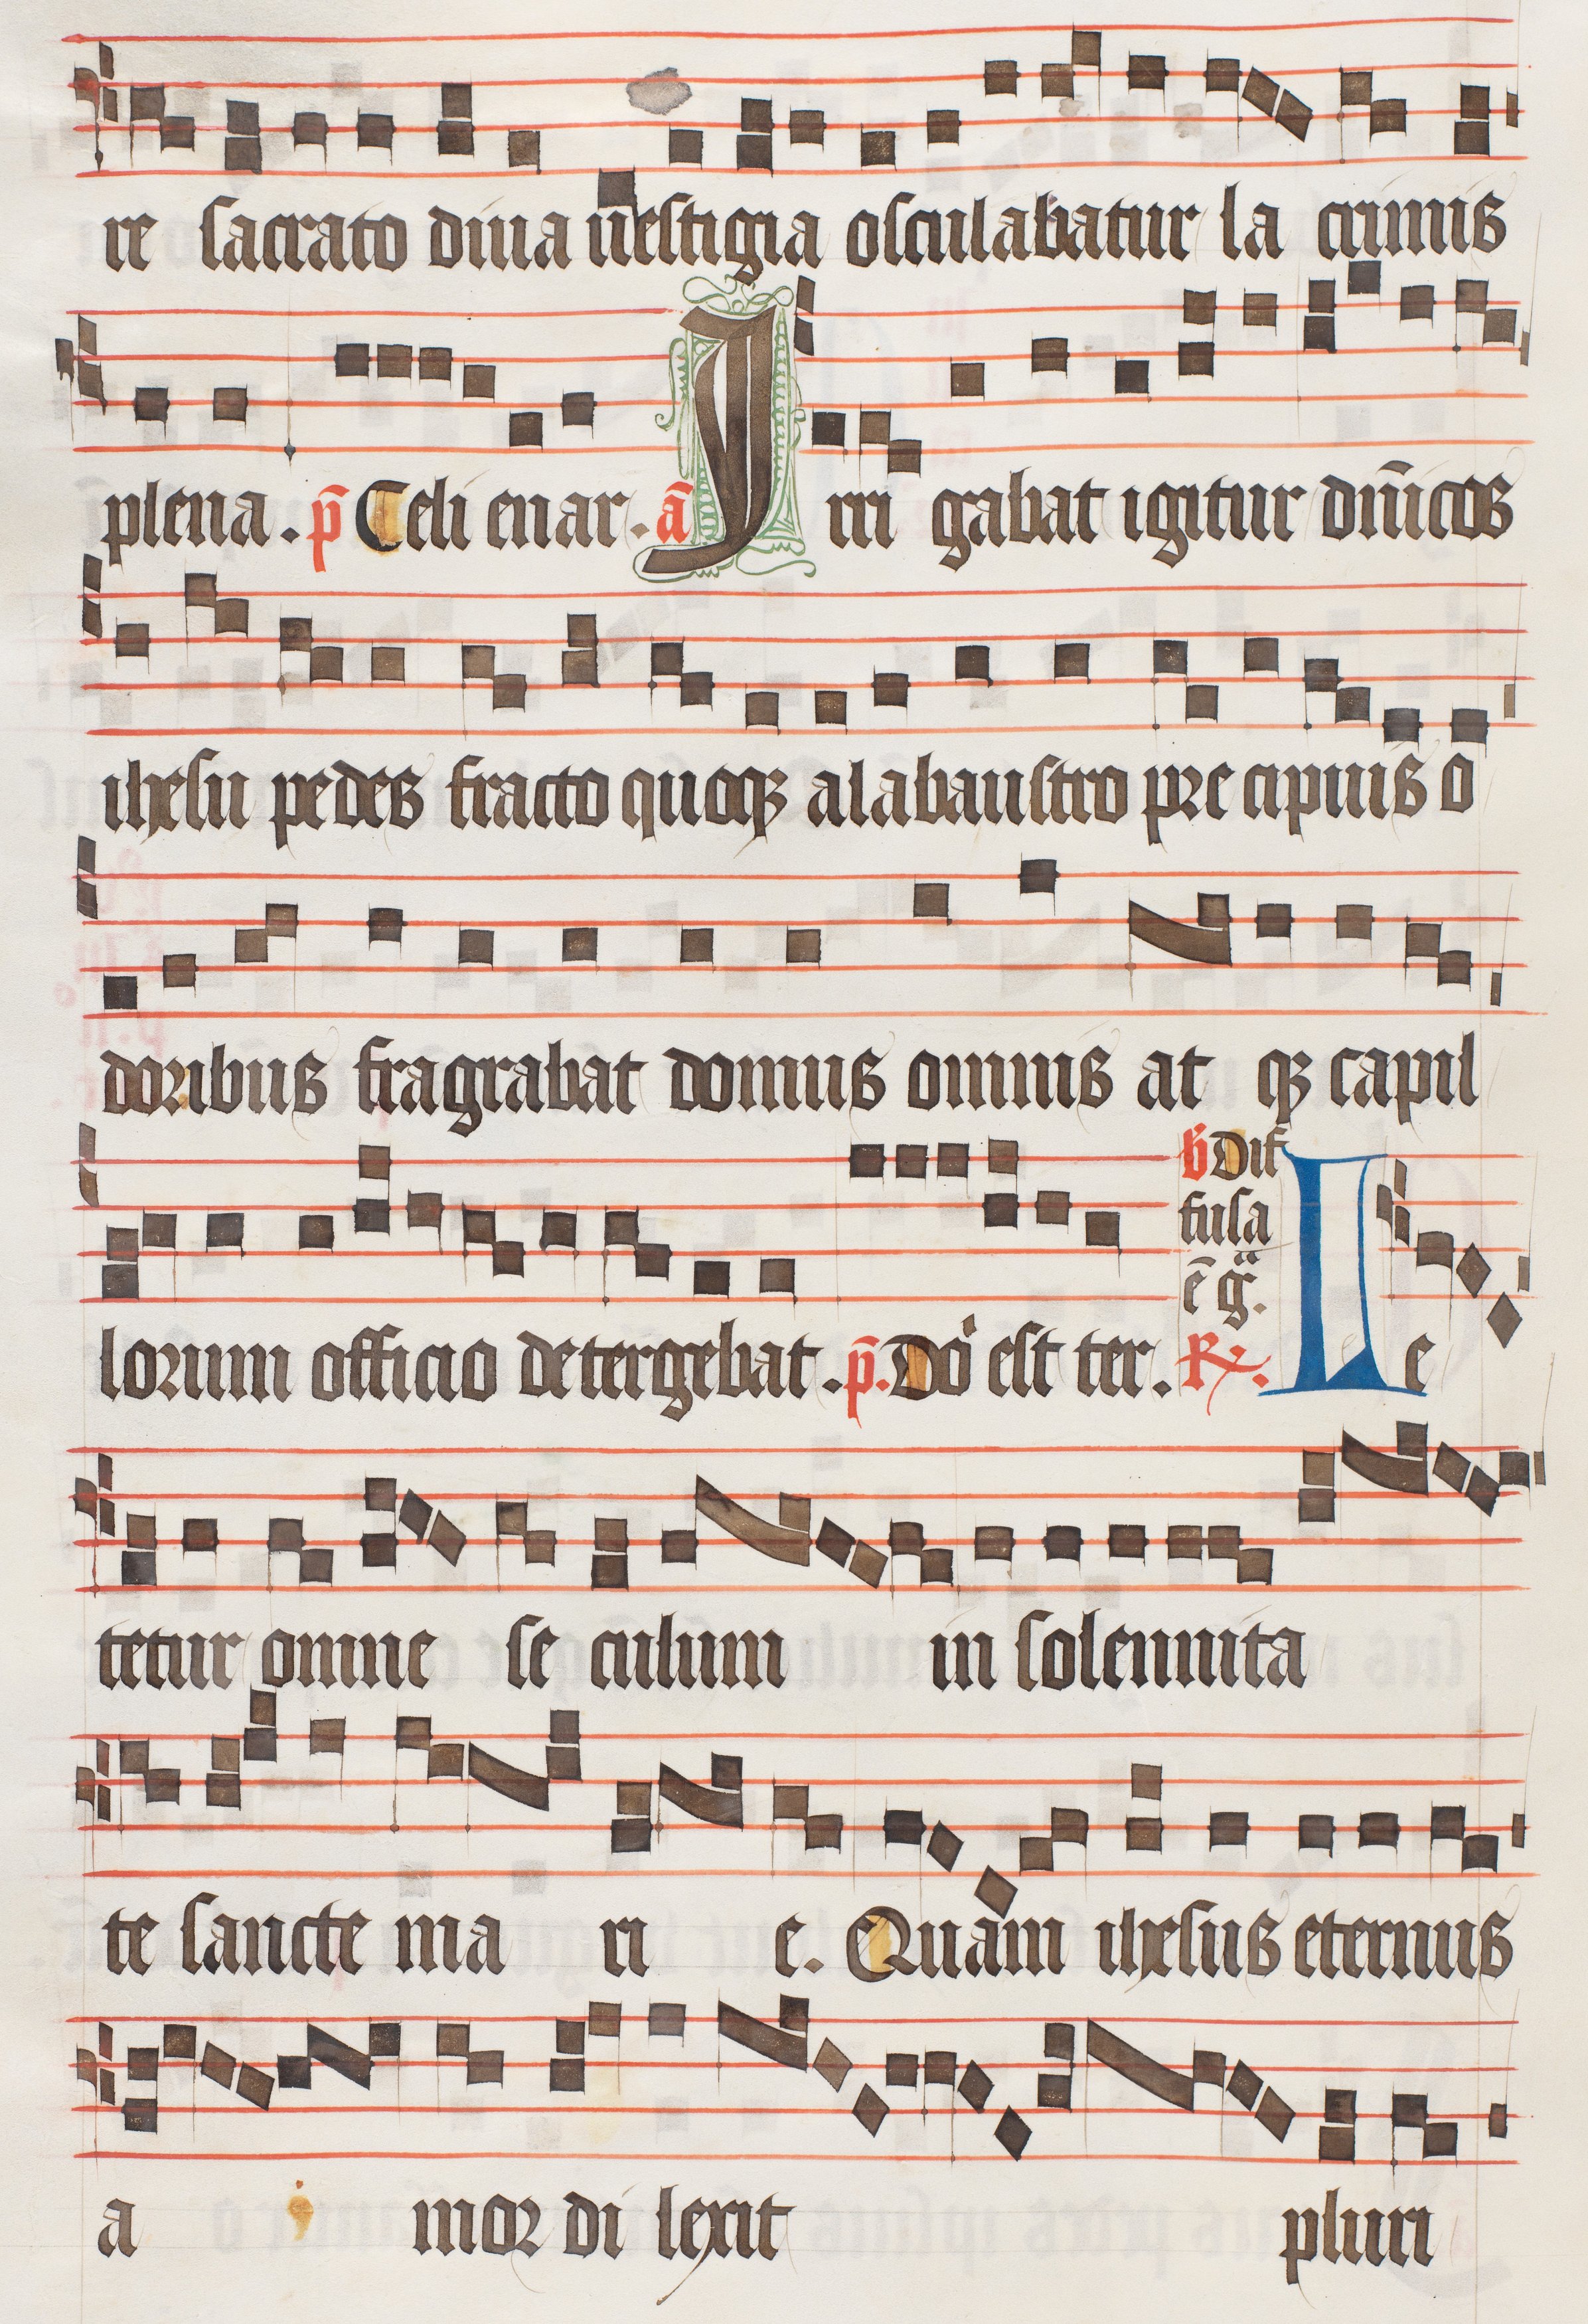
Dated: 1474–1505